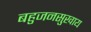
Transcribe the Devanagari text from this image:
बहुजनसुखाय